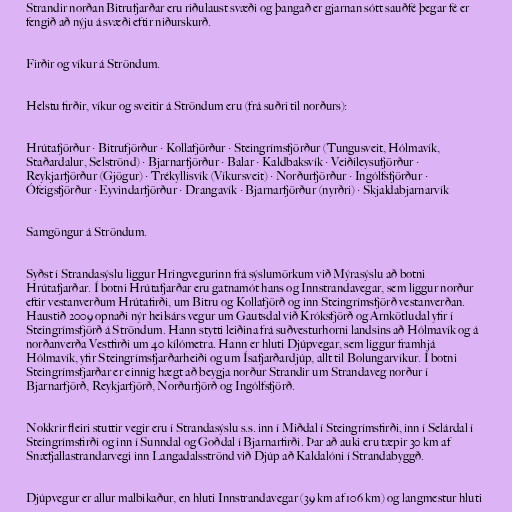
Strandir norðan Bitrufjarðar eru riðulaust svæði og þangað er gjarnan sótt sauðfé þegar fé er
fengið að nýju á svæði eftir niðurskurð.

Firðir og víkur á Ströndum.

Helstu firðir, víkur og sveitir á Ströndum eru (frá suðri til norðurs):

Hrútafjörður · Bitrufjörður · Kollafjörður · Steingrímsfjörður (Tungusveit, Hólmavík,
Staðardalur, Selströnd) · Bjarnarfjörður · Balar · Kaldbaksvík · Veiðileysufjörður ·
Reykjarfjörður (Gjögur) · Trékyllisvík (Víkursveit) · Norðurfjörður · Ingólfsfjörður ·
Ófeigsfjörður · Eyvindarfjörður · Drangavík · Bjarnarfjörður (nyrðri) · Skjaldabjarnarvík

Samgöngur á Ströndum.

Syðst í Strandasýslu liggur Hringvegurinn frá sýslumörkum við Mýrasýslu að botni
Hrútafjarðar. Í botni Hrútafjarðar eru gatnamót hans og Innstrandavegar, sem liggur norður
eftir vestanverðum Hrútafirði, um Bitru og Kollafjörð og inn Steingrímsfjörð vestanverðan.
Haustið 2009 opnaði nýr heilsárs vegur um Gautsdal við Króksfjörð og Arnkötludal yfir í
Steingrímsfjörð á Ströndum. Hann stytti leiðina frá suðvesturhorni landsins að Hólmavík og á
norðanverða Vestfirði um 40 kílómetra. Hann er hluti Djúpvegar, sem liggur framhjá
Hólmavík, yfir Steingrímsfjarðarheiði og um Ísafjarðardjúp, allt til Bolungarvíkur. Í botni
Steingrímsfjarðar er einnig hægt að beygja norður Strandir um Strandaveg norður í
Bjarnarfjörð, Reykjarfjörð, Norðurfjörð og Ingólfsfjörð.

Nokkrir fleiri stuttir vegir eru í Strandasýslu s.s. inn í Miðdal í Steingrímsfirði, inn í Selárdal í
Steingrímsfirði og inn í Sunndal og Goðdal í Bjarnarfirði. Þar að auki eru tæpir 30 km af
Snæfjallastrandarvegi inn Langadalsströnd við Djúp að Kaldalóni í Strandabyggð.

Djúpvegur er allur malbikaður, en hluti Innstrandavegar (39 km af 106 km) og langmestur hluti